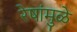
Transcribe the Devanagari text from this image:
रेषांमुळे